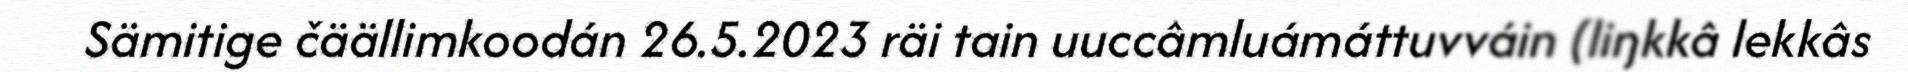
Sämitige čäällimkoodán 26.5.2023 räi tain uuccâmluámáttuvváin (liŋkkâ lekkâs